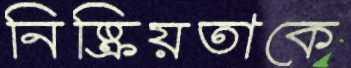
নিষ্ক্রিয়তাকে